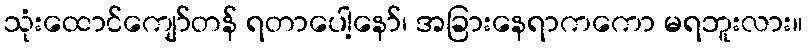
သုံးထောင်ကျော်တန် ရတာပေါ့နော်၊ အခြားနေရာကကော မရဘူးလား။